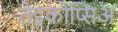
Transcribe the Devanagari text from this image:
तेइकोप्सिअ